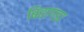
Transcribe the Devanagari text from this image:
बिहागडा